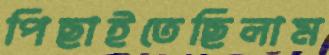
পিছাইতেছিলাম